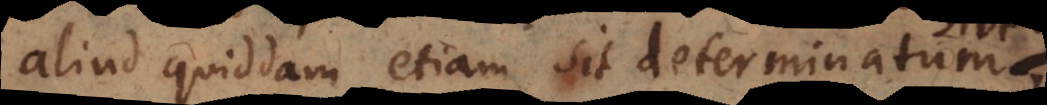
aliud quiddam etiam sit determinatum,